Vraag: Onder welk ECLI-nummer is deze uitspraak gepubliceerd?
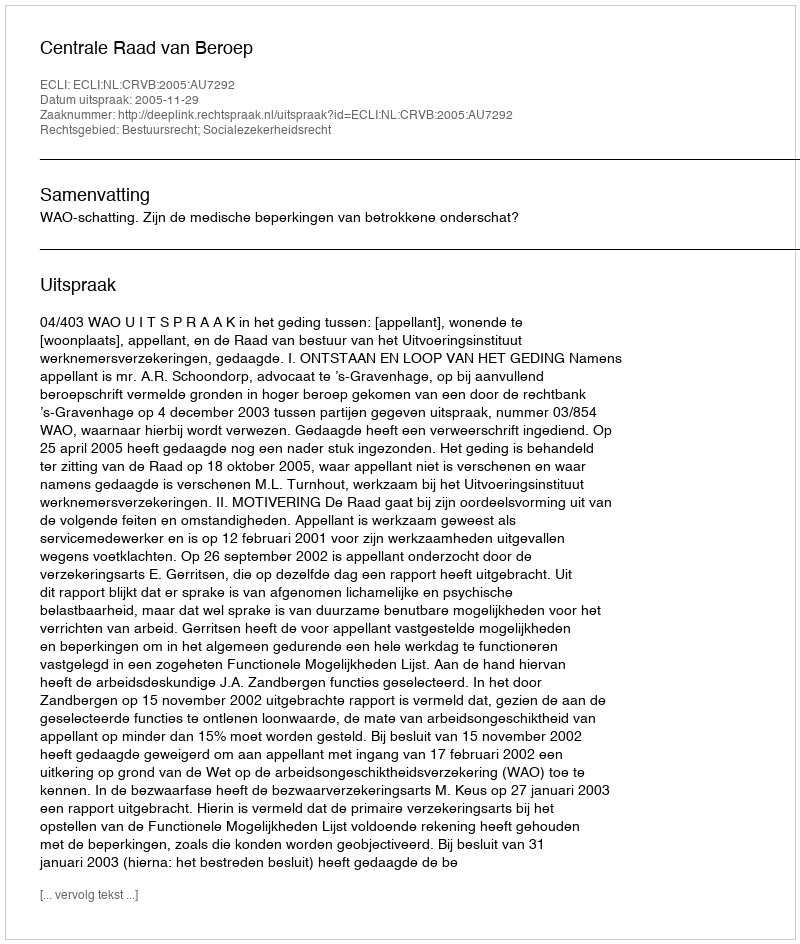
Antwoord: ECLI:NL:CRVB:2005:AU7292